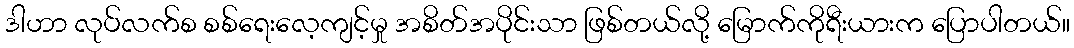
ဒါဟာ လုပ်လက်စ စစ်ရေးလေ့ကျင့်မှု အစိတ်အပိုင်းသာ ဖြစ်တယ်လို့ မြောက်ကိုရီးယားက ပြောပါတယ်။